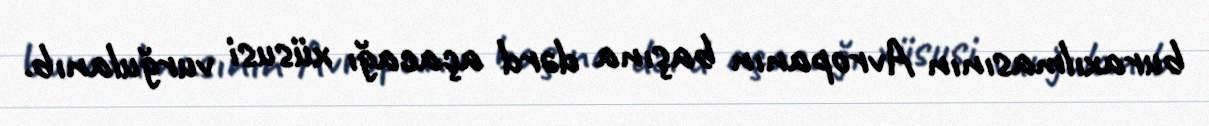
buraxılmasının Avropanın başına dərd açacağı xüsusi vurğulanıb.